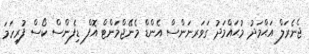
ޖެނެރަލް އަޙްމަދު މުޙައްމަދު ގަވަރނަންސް އެންޑް މެނޭޖްމަންޓް އޮފް ޑިފެންސް ކޯސް ފުރިހަމަ